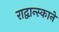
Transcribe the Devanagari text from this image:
राद्वान्स्काने